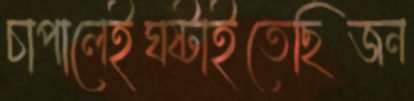
চাপালেইঘষ্‌টাইতেছিজন